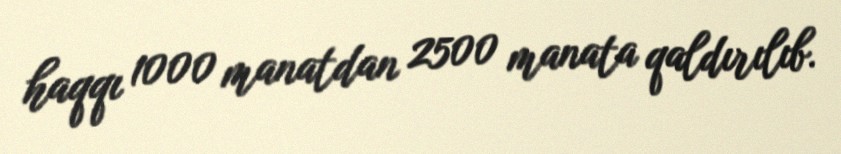
haqqı 1000 manatdan 2500 manata qaldırılıb.